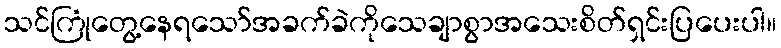
သင်ကြုံတွေ့နေရသော်အခက်ခဲကိုသေချာစွာအသေးစိတ်ရှင်းပြပေးပါ။